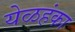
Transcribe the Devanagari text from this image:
येळहंका